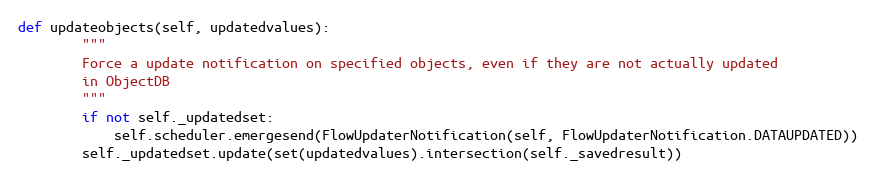
Language: Python
def updateobjects(self, updatedvalues):
        """
        Force a update notification on specified objects, even if they are not actually updated
        in ObjectDB
        """
        if not self._updatedset:
            self.scheduler.emergesend(FlowUpdaterNotification(self, FlowUpdaterNotification.DATAUPDATED))
        self._updatedset.update(set(updatedvalues).intersection(self._savedresult))